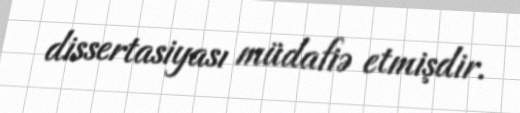
dissertasiyası müdafiə etmişdir.